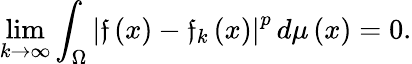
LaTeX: \operatorname*{lim}_{k\to\infty}\int_{\Omega}\left\vert{\mathfrak{f}}\left(x\right)-{\mathfrak{f}}_{k}\left(x\right)\right\vert^{p}\, {d\mu\left(x\right)}=0.